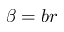
\beta = b r